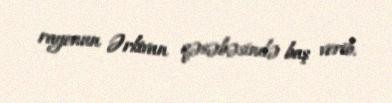
rayonun Ərkivan qəsəbəsində baş verib.